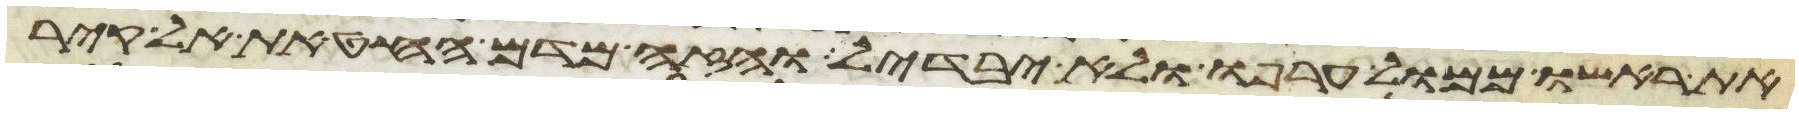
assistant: את ראשו ממול ערפו ולא יבדל והזה מדם החטאת אל קיר